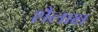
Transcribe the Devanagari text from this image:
शैलाक्ष